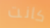
كانت